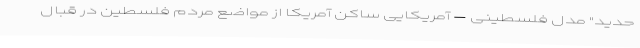
حدید" مدل فلسطینی – آمریکایی ساکن آمریکا از مواضع مردم فلسطین در قبال